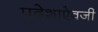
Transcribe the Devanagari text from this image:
प्रदेशाऐवजी